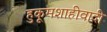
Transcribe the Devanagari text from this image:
हुकूमशाहीवादी